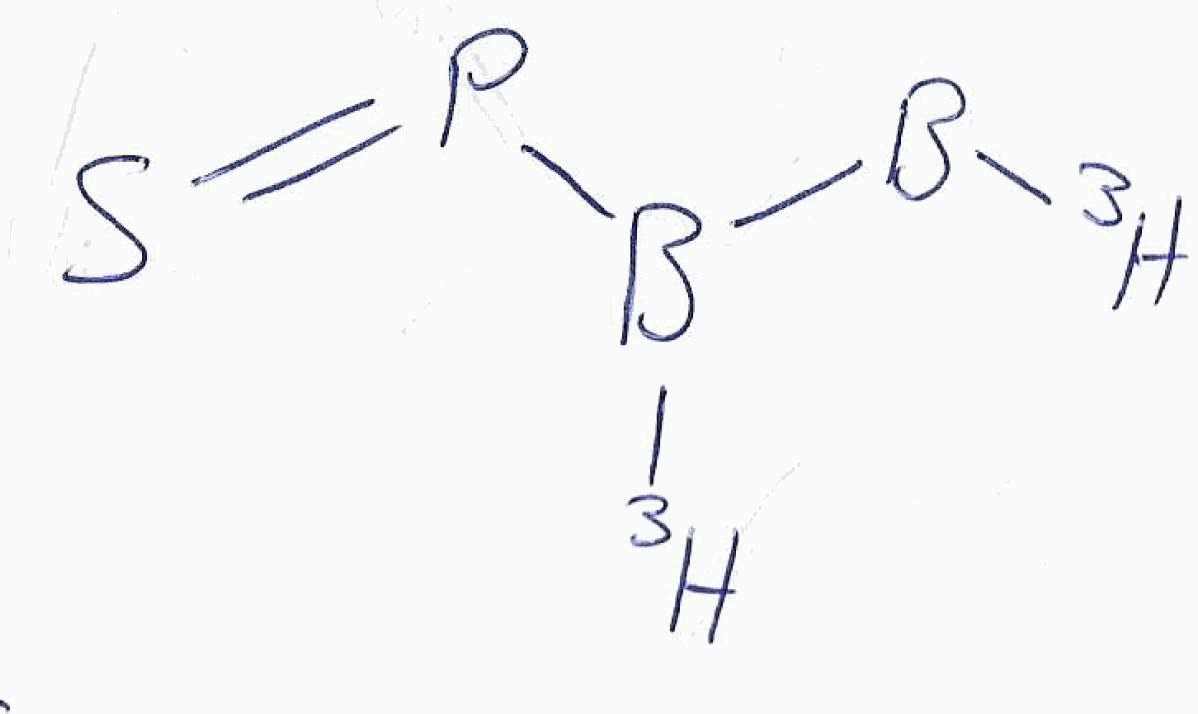
Simplified molecular-input line-entry system (SMILES) notation of the given molecule:
[3H][B]B([3H])P=S